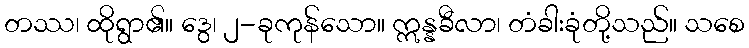
တဿ၊ ထိုရွာ၏။ ဒွေ၊ ၂-ခုကုန်သော။ ဣန္နခီလာ၊ တံခါးခုံတို့သည်။ သစေ